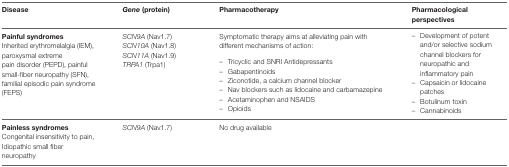
| Disease | Gene (protein) | Pharmacotherapy | Pharmacological perspectives |
 | --- | --- | --- | --- |
 | Painful syndromes Inherited erythromelalgia (IEM), paroxysmal extreme pain disorder (PEPD), painful small-fiber neuropathy (SFN), familial episodic pain syndrome (FEPS) | SCN9A (Nav1.7) SCN10A (Nav1.8) SCN11A (Nav1.9) TRPA1 (Trpa1) | Symptomatic therapy aims at alleviating pain with different mechanisms of action:– Tricyclic and SNRI Antidepressants– Gabapentinoids– Ziconotide, a calcium channel blocker– Nav blockers such as lidocaine and carbamazepine– Acetaminophen and NSAIDS– Opioids | – Development of potent and/or selective sodium channel blockers for neuropathic and inflammatory pain– Capsaicin or lidocaine patches– Botulinum toxin– Cannabinoids |
 | Painless syndromes Congenital insensitivity to pain, Idiopathic small fiber neuropathy | SCN9A (Nav1.7) | No drug available |  |